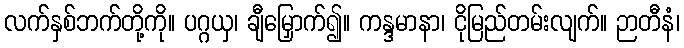
လက်နှစ်ဘက်တို့ကို။ ပဂ္ဂယှ၊ ချီမြှောက်၍။ ကန္ဒမာနာ၊ ငိုမြည်တမ်းလျက်။ ဉာတီနံ၊